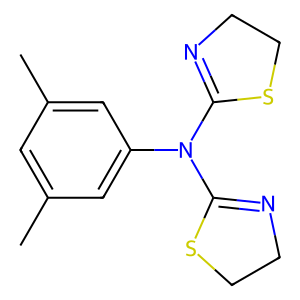
SMILES: Cc1cc(C)cc(N(C2=NCCS2)C2=NCCS2)c1
Inhibits HIV replication: No